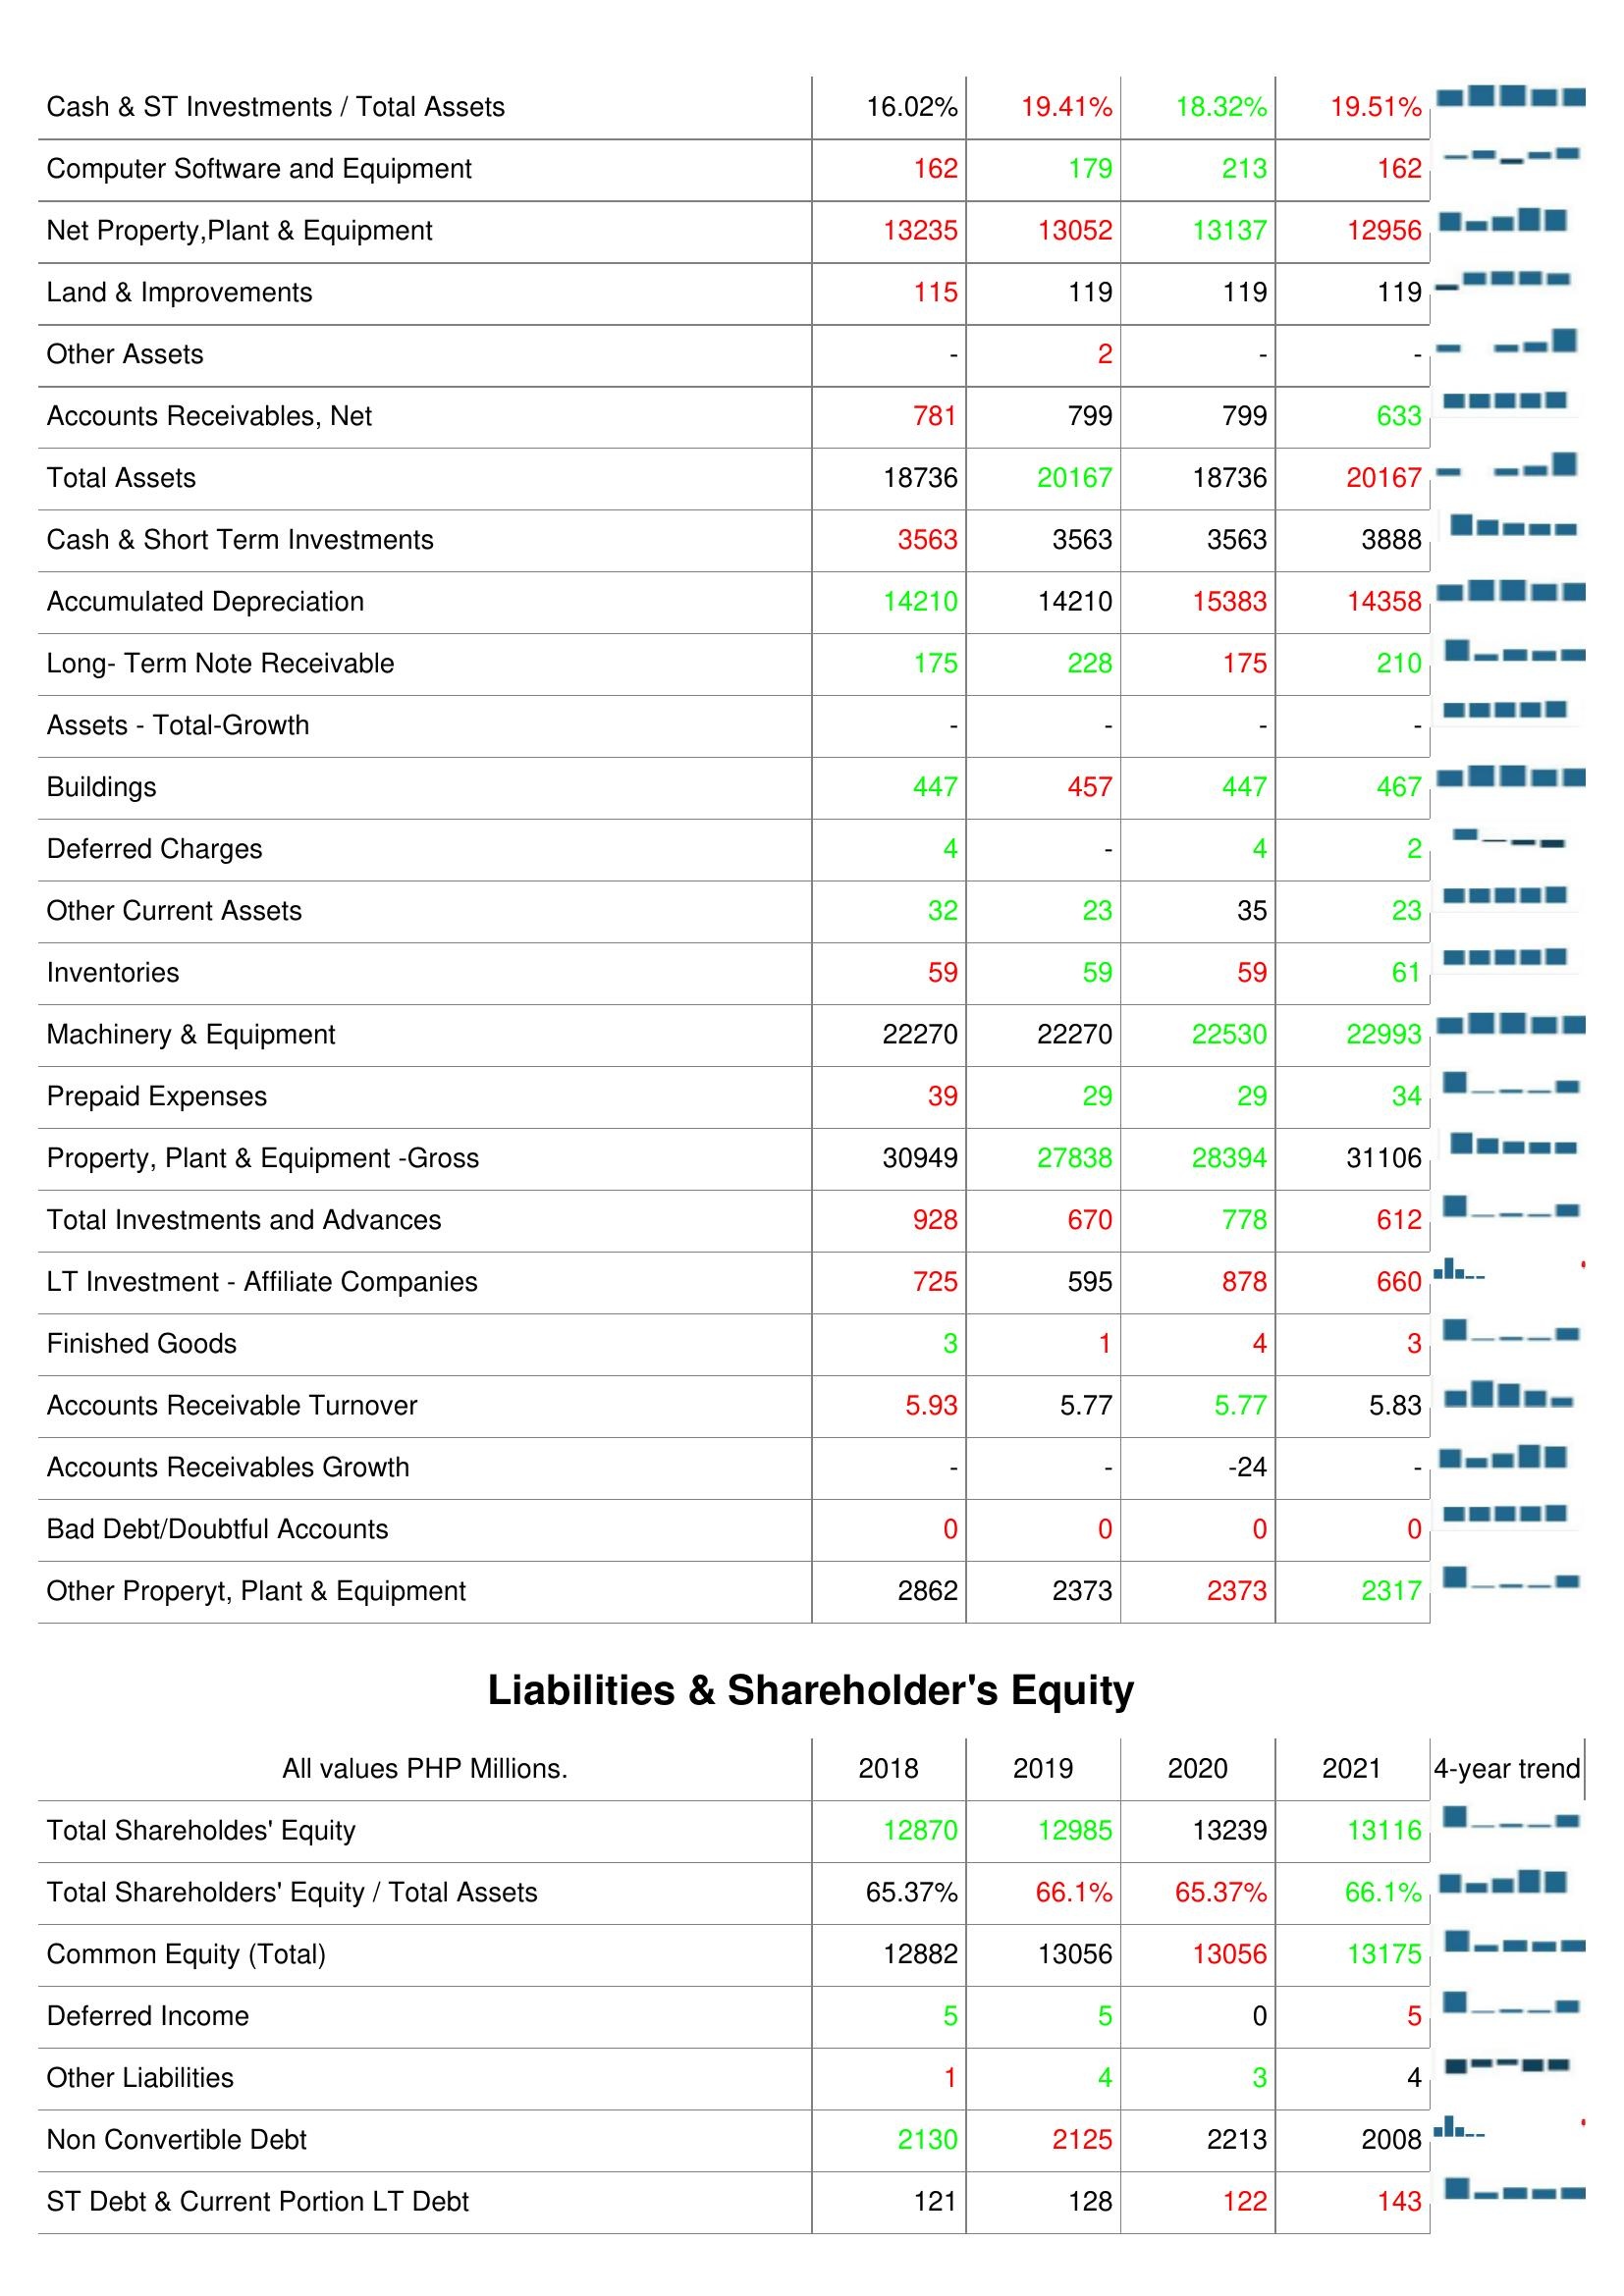
2018: Assets: Cash & ST Investments / Total Assets: 16.02%
Computer Software and Equipment: 162
Net Property,Plant & Equipment: 13235
Land & Improvements: 115
Other Assets: -
Accounts Receivables, Net: 781
Total Assets: 18736
Cash & Short Term Investments: 3563
Accumulated Depreciation: 14210
Long- Term Note Receivable: 175
Assets - Total-Growth: -
Buildings: 447
Deferred Charges: 4
Other Current Assets: 32
Inventories: 59
Machinery & Equipment: 22270
Prepaid Expenses: 39
Property, Plant & Equipment -Gross: 30949
Total Investments and Advances: 928
LT Investment - Affiliate Companies: 725
Finished Goods: 3
Accounts Receivable Turnover: 5.93
Accounts Receivables Growth: -
Bad Debt/Doubtful Accounts: 0
Other Properyt, Plant & Equipment: 2862
Liabilities & Shareholder's Equity: Total Shareholdes' Equity: 12870
Total Shareholders' Equity / Total Assets: 65.37%
Common Equity (Total): 12882
Deferred Income: 5
Other Liabilities: 1
Non Convertible Debt: 2130
ST Debt & Current Portion LT Debt: 121
2019: Assets: Cash & ST Investments / Total Assets: 19.41%
Computer Software and Equipment: 179
Net Property,Plant & Equipment: 13052
Land & Improvements: 119
Other Assets: 2
Accounts Receivables, Net: 799
Total Assets: 20167
Cash & Short Term Investments: 3563
Accumulated Depreciation: 14210
Long- Term Note Receivable: 228
Assets - Total-Growth: -
Buildings: 457
Deferred Charges: -
Other Current Assets: 23
Inventories: 59
Machinery & Equipment: 22270
Prepaid Expenses: 29
Property, Plant & Equipment -Gross: 27838
Total Investments and Advances: 670
LT Investment - Affiliate Companies: 595
Finished Goods: 1
Accounts Receivable Turnover: 5.77
Accounts Receivables Growth: -
Bad Debt/Doubtful Accounts: 0
Other Properyt, Plant & Equipment: 2373
Liabilities & Shareholder's Equity: Total Shareholdes' Equity: 12985
Total Shareholders' Equity / Total Assets: 66.1%
Common Equity (Total): 13056
Deferred Income: 5
Other Liabilities: 4
Non Convertible Debt: 2125
ST Debt & Current Portion LT Debt: 128
2020: Assets: Cash & ST Investments / Total Assets: 18.32%
Computer Software and Equipment: 213
Net Property,Plant & Equipment: 13137
Land & Improvements: 119
Other Assets: -
Accounts Receivables, Net: 799
Total Assets: 18736
Cash & Short Term Investments: 3563
Accumulated Depreciation: 15383
Long- Term Note Receivable: 175
Assets - Total-Growth: -
Buildings: 447
Deferred Charges: 4
Other Current Assets: 35
Inventories: 59
Machinery & Equipment: 22530
Prepaid Expenses: 29
Property, Plant & Equipment -Gross: 28394
Total Investments and Advances: 778
LT Investment - Affiliate Companies: 878
Finished Goods: 4
Accounts Receivable Turnover: 5.77
Accounts Receivables Growth: -24
Bad Debt/Doubtful Accounts: 0
Other Properyt, Plant & Equipment: 2373
Liabilities & Shareholder's Equity: Total Shareholdes' Equity: 13239
Total Shareholders' Equity / Total Assets: 65.37%
Common Equity (Total): 13056
Deferred Income: 0
Other Liabilities: 3
Non Convertible Debt: 2213
ST Debt & Current Portion LT Debt: 122
2021: Assets: Cash & ST Investments / Total Assets: 19.51%
Computer Software and Equipment: 162
Net Property,Plant & Equipment: 12956
Land & Improvements: 119
Other Assets: -
Accounts Receivables, Net: 633
Total Assets: 20167
Cash & Short Term Investments: 3888
Accumulated Depreciation: 14358
Long- Term Note Receivable: 210
Assets - Total-Growth: -
Buildings: 467
Deferred Charges: 2
Other Current Assets: 23
Inventories: 61
Machinery & Equipment: 22993
Prepaid Expenses: 34
Property, Plant & Equipment -Gross: 31106
Total Investments and Advances: 612
LT Investment - Affiliate Companies: 660
Finished Goods: 3
Accounts Receivable Turnover: 5.83
Accounts Receivables Growth: -
Bad Debt/Doubtful Accounts: 0
Other Properyt, Plant & Equipment: 2317
Liabilities & Shareholder's Equity: Total Shareholdes' Equity: 13116
Total Shareholders' Equity / Total Assets: 66.1%
Common Equity (Total): 13175
Deferred Income: 5
Other Liabilities: 4
Non Convertible Debt: 2008
ST Debt & Current Portion LT Debt: 143